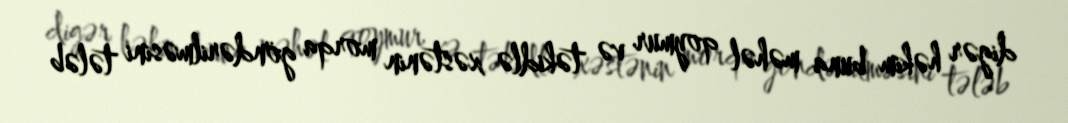
digər həkim buna məhəl qoymur və təkidlə xəstənin morqa göndərilməsini tələb